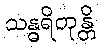
သန္ဓရိတုန္တိ